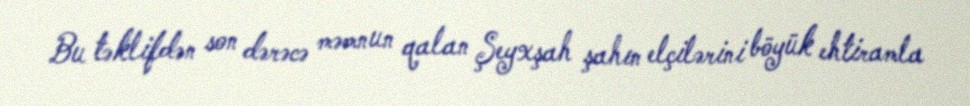
Bu təklifdən son dərəcə məmnun qalan Şeyxşah şahın elçilərini böyük ehtiramla